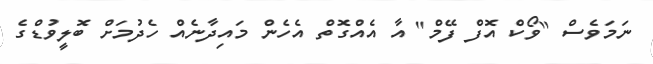
ނަމަވެސް "ވޯކް އޮފް ފޭމް" އާ އެއްގޮތް އެހެން މައިދާނެއް ހެދުމަށް ބޮލީވުޑްގެ